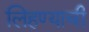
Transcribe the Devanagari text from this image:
लिहण्याची